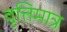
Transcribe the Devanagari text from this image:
वृत्तिमात्र